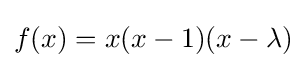
f(x)=x(x-1)(x-\lambda )